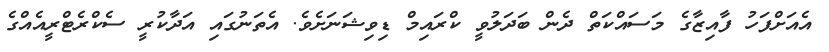
އެއަށްފަހު ފާއިޒާގެ މަސައްކަތް ދެން ބަދަލުވީ ކްރައިމް ޑިވިޝަނަށެވެ. އެތަނުގައި އަދާކުރީ ސެކްރެޓްރީއެއްގެ